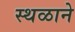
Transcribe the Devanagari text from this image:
स्थळाने